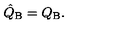
\hat { Q } _ { \mathrm { B } } = Q _ { \mathrm { B } } .